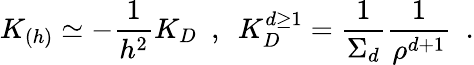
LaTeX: K_{(h)}\simeq-{\frac{1}{h^{2}}}K_{D}~~,~~K_{D}^{d\geq 1}={\frac{1}{\Sigma_{d}}}{\frac{1}{\rho^{d+1}}}~~.